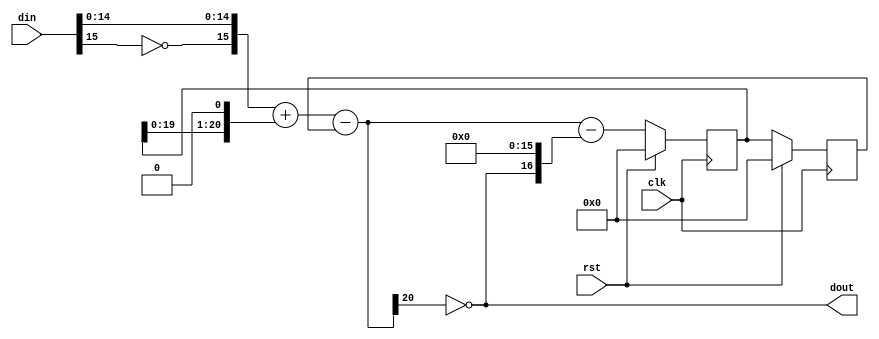
/*  This file is part of JT51.

    JT51 is free software: you can redistribute it and/or modify
    it under the terms of the GNU General Public License as published by
    the Free Software Foundation, either version 3 of the License, or
    (at your option) any later version.

    JT51 is distributed in the hope that it will be useful,
    but WITHOUT ANY WARRANTY; without even the implied warranty of
    MERCHANTABILITY or FITNESS FOR A PARTICULAR PURPOSE.  See the
    GNU General Public License for more details.

    You should have received a copy of the GNU General Public License
    along with JT51.  If not, see <http://www.gnu.org/licenses/>.

	Author: Jose Tejada Gomez. Twitter: @topapate
	Version: 1.0
	Date: March, 9th 2017
	*/

`timescale 1ns / 1ps

/*

	input sampling rate must be the same as clk frequency
    interpolate input signal accordingly to get the
    right sampling rate.
	
	Refer to sigmadelta.ods to see how the internal width (int_w)
	was determined.

*/

module jt51_dac2 #(parameter width=16)
(
	input	clk,
    input	rst,
    input	signed [width-1:0] din,
    output	reg dout
);

parameter int_w = width+5;

reg [int_w-1:0] y, error, error_1, error_2;

wire [width-1:0] undin = { ~din[width-1], din[width-2:0] };

always @(*) begin
	y <= undin + { error_1, 1'b0} - error_2;
	dout <= ~y[int_w-1];
	error <= y - {dout, {width{1'b0}}};
end

always @(posedge clk)
	if( rst ) begin
		error_1 <= {int_w{1'b0}};
		error_2 <= {int_w{1'b0}};
	end else begin
		error_1 <= error;
		error_2 <= error_1;
	end

endmodule